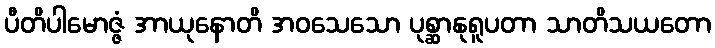
ပီတိပါမောဇ္ဇံ အာယုနောတိ အဝသေသော ပုစ္ဆာနုရူပတာ သာတိသယတော